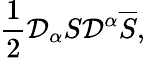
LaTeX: \frac{1}{2}\mathcal{D}_{\alpha}S\mathcal{D}^{\alpha}\overline{{{S}}},